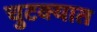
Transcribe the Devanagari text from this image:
चुटक्यात